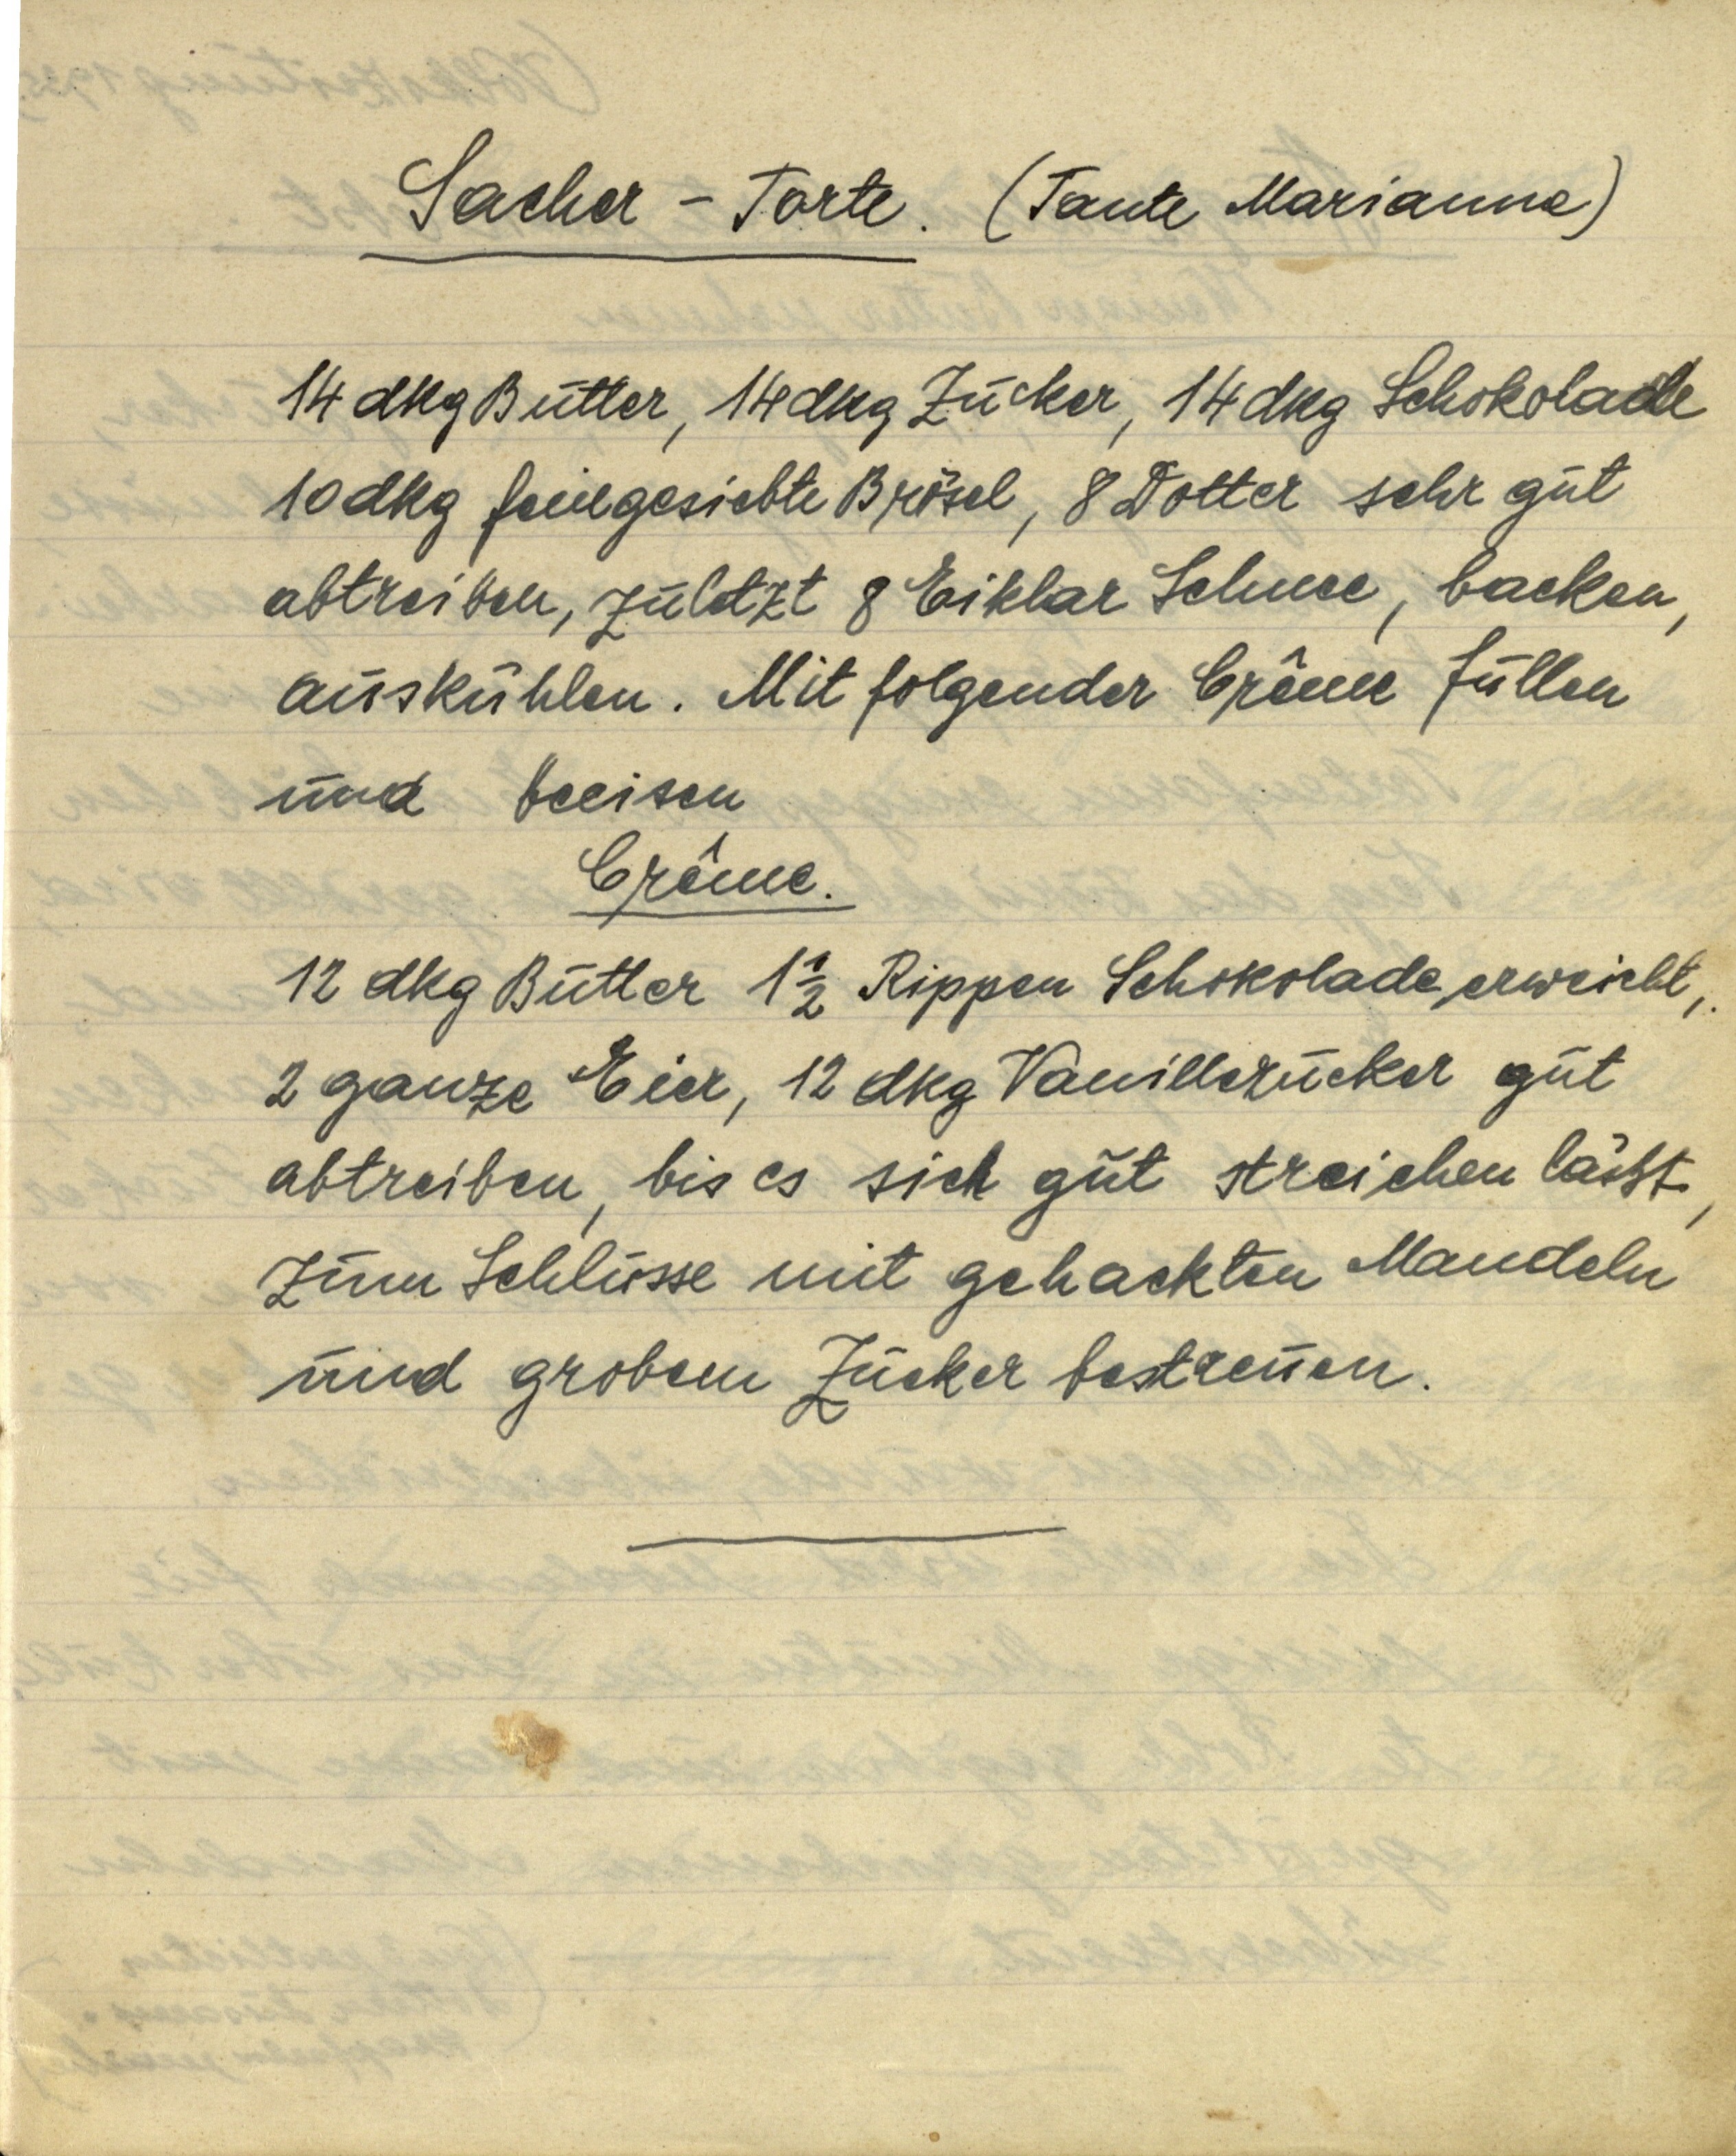
Sacher — Torte. (Tante Marianne)

14 dkg Butter, 14 dkg Zucker, 14 dkg Schokolade
10 dkg feingesiebte Brösel, 8 Dotter sehr gut
abtreiben, zuletzt 8 Eiklar Schnee, backen,
auskühlen. Mit folgender Crême füllen
und beeisen

Crême.
12 dkg Butter 1 ½ Rippen Schokolade erweicht,
2 ganze Eier, 12 dkg Vanillezucker gut
abtreiben, bis es sich gut streichen lässt.
Zum Schlusse mit gehackten Mandeln
und grobem Zucker bestreuen.